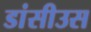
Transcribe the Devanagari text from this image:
डांसीउस